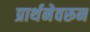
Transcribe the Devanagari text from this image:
प्रार्थनेवरून